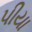
પીયા